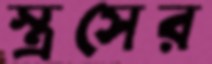
স্ত্রসের